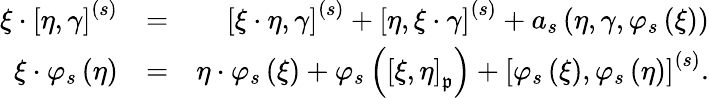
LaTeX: \begin{array}{rlr}{\xi\cdot\left[\eta,\gamma\right]^{\left(s\right)}}&{=}&{\left[\xi\cdot\eta,\gamma\right]^{\left(s\right)}+\left[\eta,\xi\cdot\gamma\right]^{\left(s\right)}+a_{s}\left(\eta,\gamma,\varphi_{s}\left(\xi\right)\right)}\\ {\xi\cdot\varphi_{s}\left(\eta\right)}&{=}&{\eta\cdot\varphi_{s}\left(\xi\right)+\varphi_{s}\left(\left[\xi,\eta\right]_{\mathfrak{p}}\right)+\left[\varphi_{s}\left(\xi\right),\varphi_{s}\left(\eta\right)\right]^{\left(s\right)}.}\end{array}